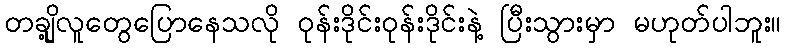
တချို့လူတွေပြောနေသလို ဝုန်းဒိုင်းဝုန်းဒိုင်းနဲ့ ပြီးသွားမှာ မဟုတ်ပါဘူး။